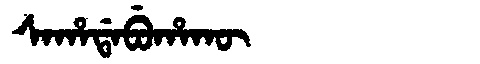
Manchu: ᠰᠠᡥᠠᡩᠠᠪᡠᡥᠠᡴᡡ
Romanization: SAHADABUHAKŪ